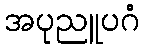
အပုညူပဂံ